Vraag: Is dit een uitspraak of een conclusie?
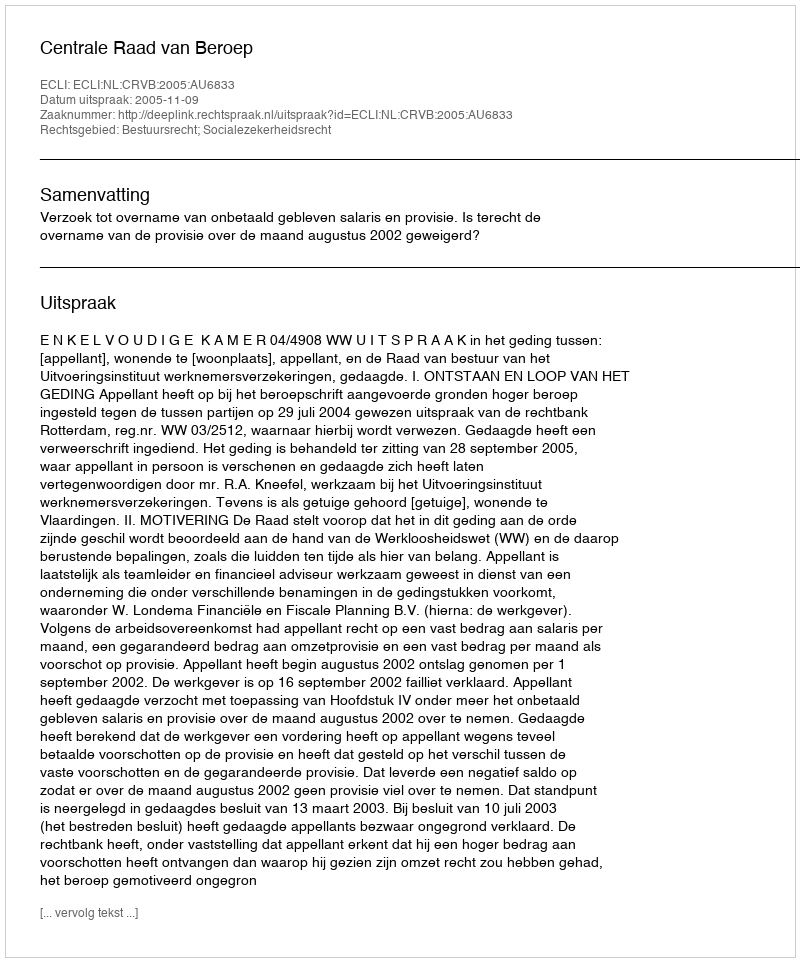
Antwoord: Uitspraak